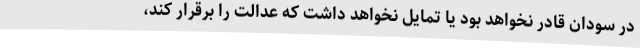
در سودان قادر نخواهد بود یا تمایل نخواهد داشت که عدالت را برقرار کند،